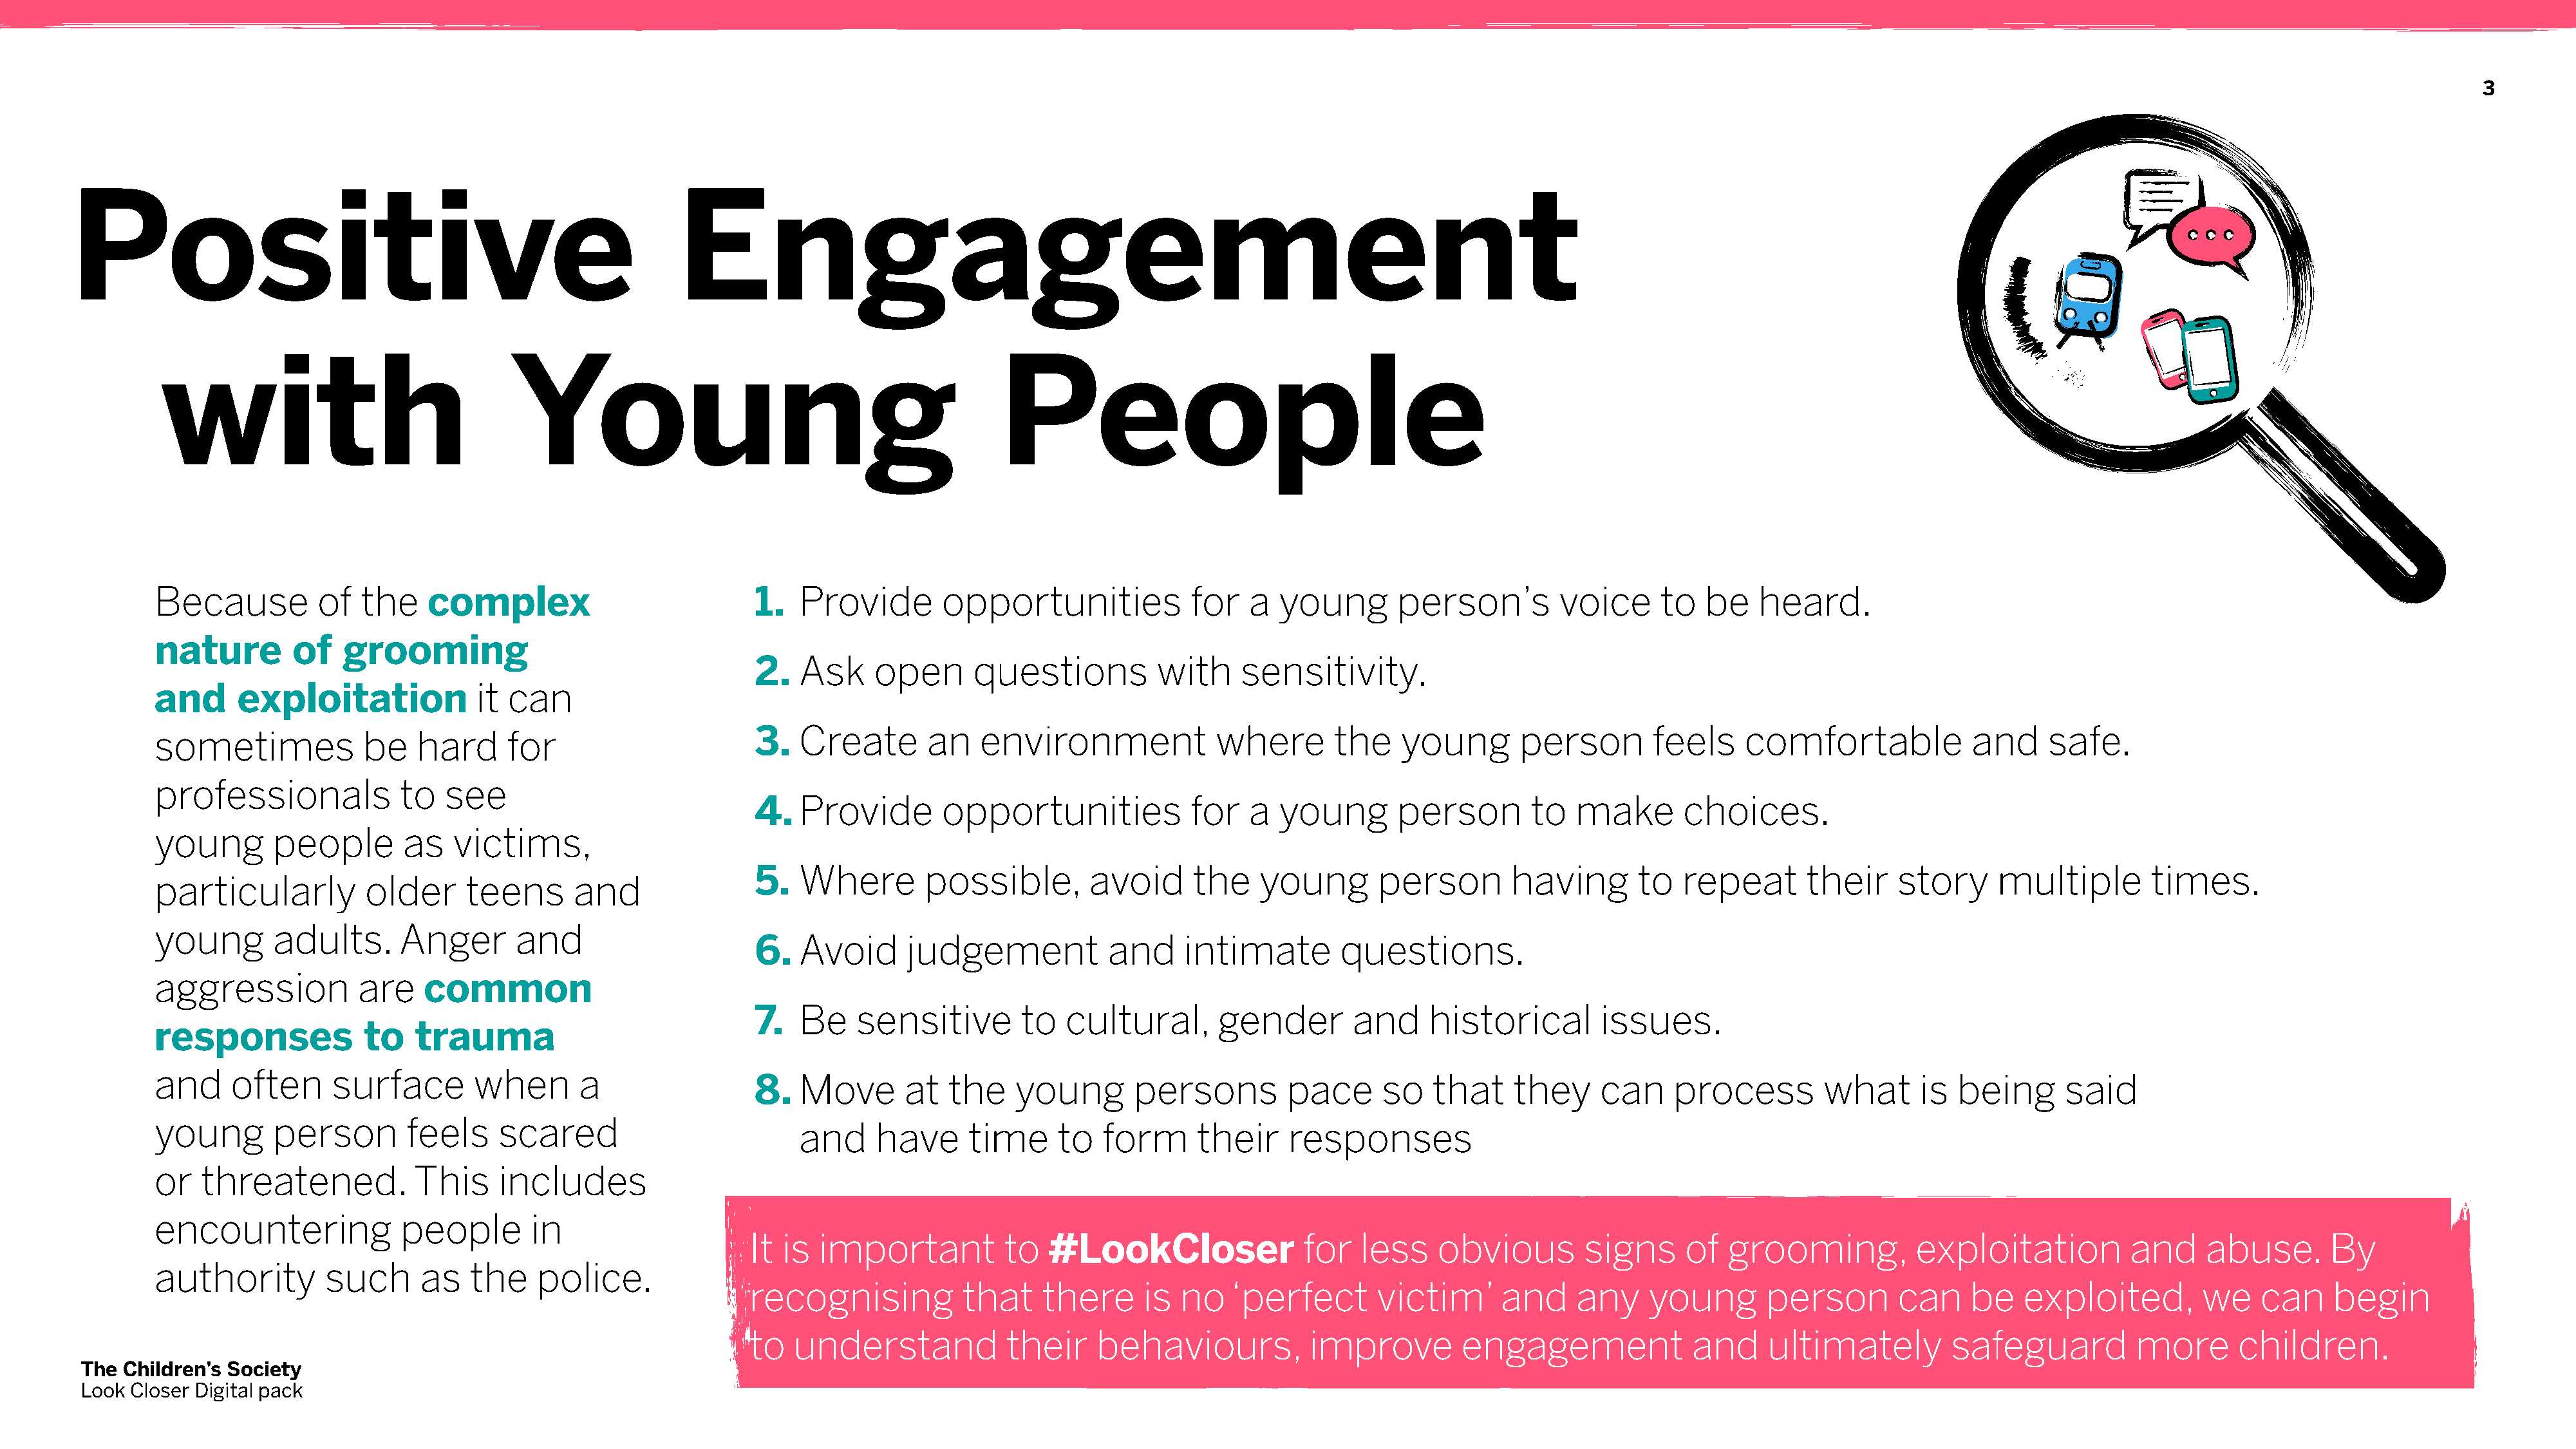
3
 Positive                                                       Engagement
 with                               Young                                              People
 Because          of  the    complex                           1.  Provide        opportunities            for   a  young        person’s        voice      to  be    heard.
 nature        of   grooming
 2.  Ask     open      questions          with     sensitivity.
 and     exploitation             it can
 3.  Create       an    environment             where       the    young       person        feels    comfortable             and     safe.
 sometimes            be    hard     for
 professionals            to   see
 4.  Provide        opportunities            for   a  young        person       to   make       choices.
 young       people       as    victims,
 5.  Where        possible,        avoid      the   young        person       having       to   repeat       their    story     multiple        times.
 particularly          older     teens      and
 young       adults.      Anger       and
 6.  Avoid      judgement            and     intimate        questions.
 aggression           are    common
 7.  Be    sensitive        to   cultural,      gender        and     historical       issues.
 responses            to    trauma
 and     often     surface        when       a
 8.  Move       at  the    young        persons        pace      so   that     they    can     process        what      is  being      said
 young       person        feels    scared
 and     have      time     to  form      their    responses
 or   threatened.           This    includes
 encountering             people        in
 It is  important          to   #LookCloser               for   less    obvious        signs     of   grooming,          exploitation          and     abuse.      By
 authority        such      as   the    police.
 recognising           that    there      is no    ‘perfect      victim’      and     any    young        person       can     be   exploited,        we    can     begin
 to   understand           their     behaviours,           improve        engagement              and     ultimately         safeguard          more      children.
 The  Children’s Society
 Look Closer Digital pack